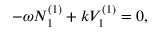
- \omega N _ { 1 } ^ { ( 1 ) } + k V _ { 1 } ^ { ( 1 ) } = 0 ,